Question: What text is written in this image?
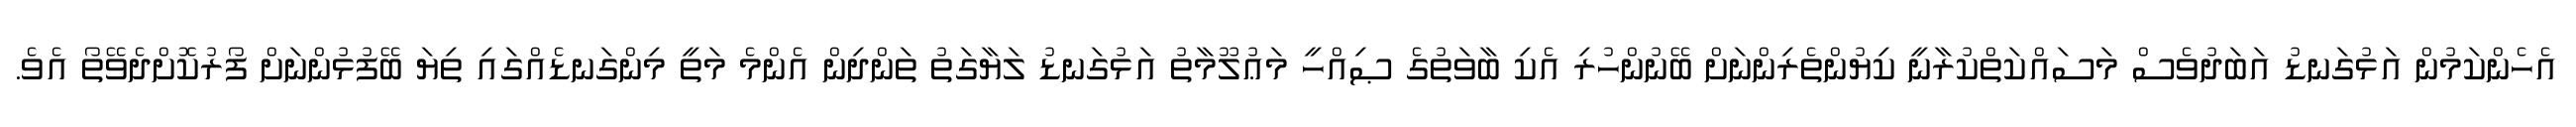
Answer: އެހެންކަމުން އަޅުގަނޑު އަބަދުވެސް މަސައްކަތްކުރާނީ ކިޔުންތެރިންނަށް ބޭނުންހުރި އެކި ބާވަތުގެ ޞިއްހީ މަޢުލޫމާތު އަޅުގަނޑު ލަޔާގަތު ތަންދިން އެންމެ މަތީ މިންގަނޑެއްގައި ތިޔަ ބޭފުޅުންނަށް ފޯރުކޮށްދެވޭތޯ އެވެ.